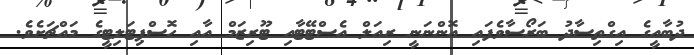
ދުބާއީގެ އިގްތިސާދު ބަރޯސާވެފައި އޮންނަނީ ރިއަލް އެސްޓޭޓާއި ޓޫރިޒަމް އާއި ހޮސްޕިޓަލިޓީގެ މައްޗަށެވެ.